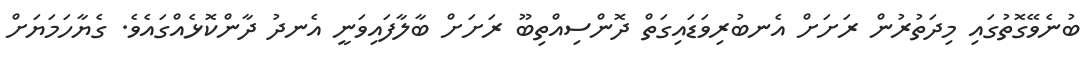
ބުނެވޭގޮތުގައި މިދަތުރުން ރަށަށް އެނބުރިވަޑައިގަތް ދޮންސިއްތިބޫ ރަށަށް ބާލާފައިވަނީ އެނދު ދާންކޮޅެއްގައެވެ. ގެޔާހަމަޔަށް